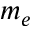
m _ { e }